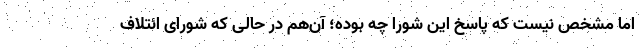
اما مشخص نیست که پاسخ این شورا چه بوده؛ آن‌هم در حالی که شورای ائتلاف